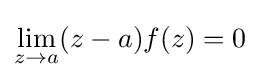
\lim _{z\to a}(z-a)f(z)=0